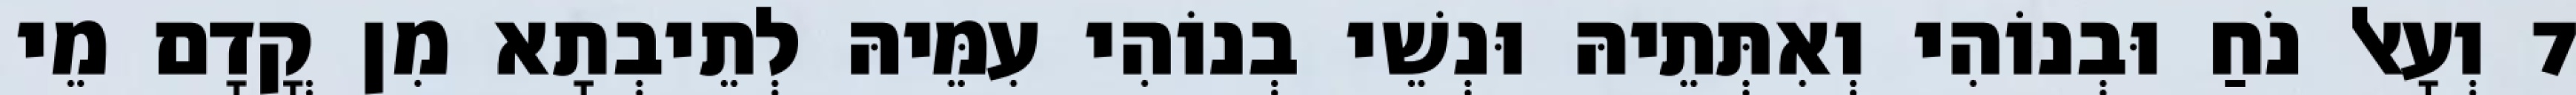
7 וְעָאל נֹחַ וּבְנוֹהִי וְאִתְּתֵיהּ וּנְשֵׁי בְנוֹהִי עִמֵּיהּ לְתֵיבְתָא מִן קֳדָם מֵי